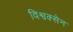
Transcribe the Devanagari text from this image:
विश्वक्सेन